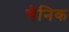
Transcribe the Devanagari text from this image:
चैनिक